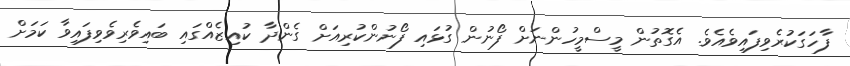
ފާހަގަކުރެވިފައިވެއެވެ. އެގޮތުން މީސްމީހުންނަށް ފޯނުން ގުޅައި ފޯނުންކުރިއަށް ގެންދާ ކުއިޒެއްގައި ބައިވެރިވެވިފައިވާ ކަމަށް